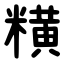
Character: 䊣